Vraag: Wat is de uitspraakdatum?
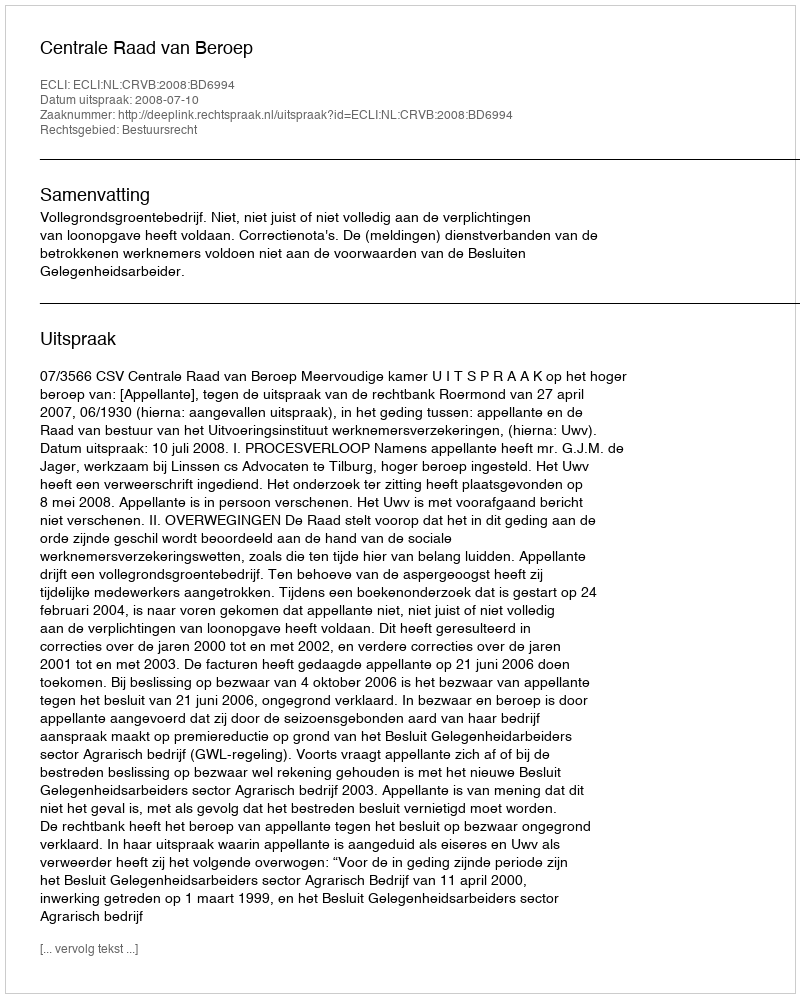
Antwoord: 2008-07-10